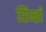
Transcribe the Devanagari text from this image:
सिम्ब्री